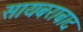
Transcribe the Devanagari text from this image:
सायबराबाद